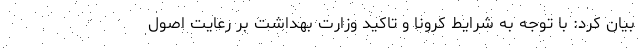
بیان کرد: با توجه به شرایط کرونا و تاکید وزارت بهداشت بر رعایت اصول